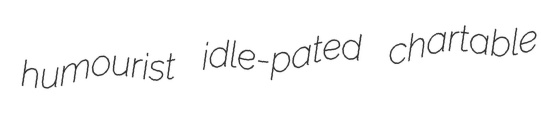
humourist idle-pated chartable